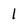
Character: 1